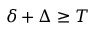
\delta + \Delta \geq T